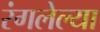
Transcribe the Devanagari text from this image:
रंगलेल्या